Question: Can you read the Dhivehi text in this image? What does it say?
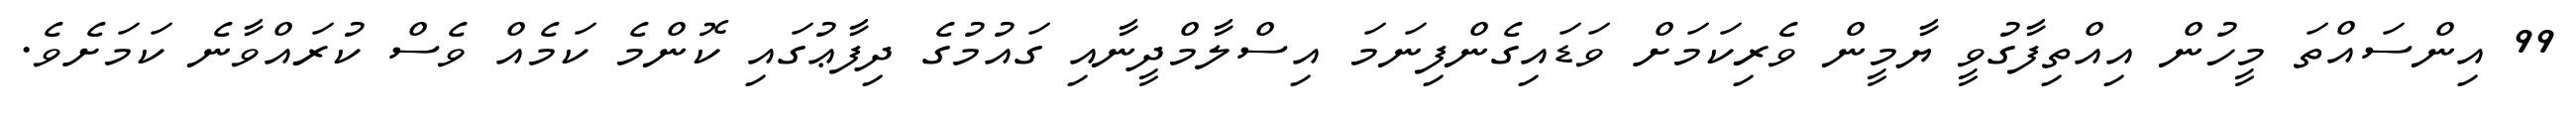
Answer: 99 އިންސައްތަ މީހުން އިއްތިފާގުވީ ޔާމީން ވެރިކަމަށް ވަޑައިގެންފިނަމަ އިސްލާމްދީނާއި ގައުމުގެ ދިފާޢުގައި ކޮންމެ ކަމެއް ވެސް ކުރައްވާނެ ކަމަށެވެ.